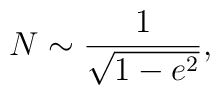
N\sim\frac{1}{\sqrt{1-e^2}},